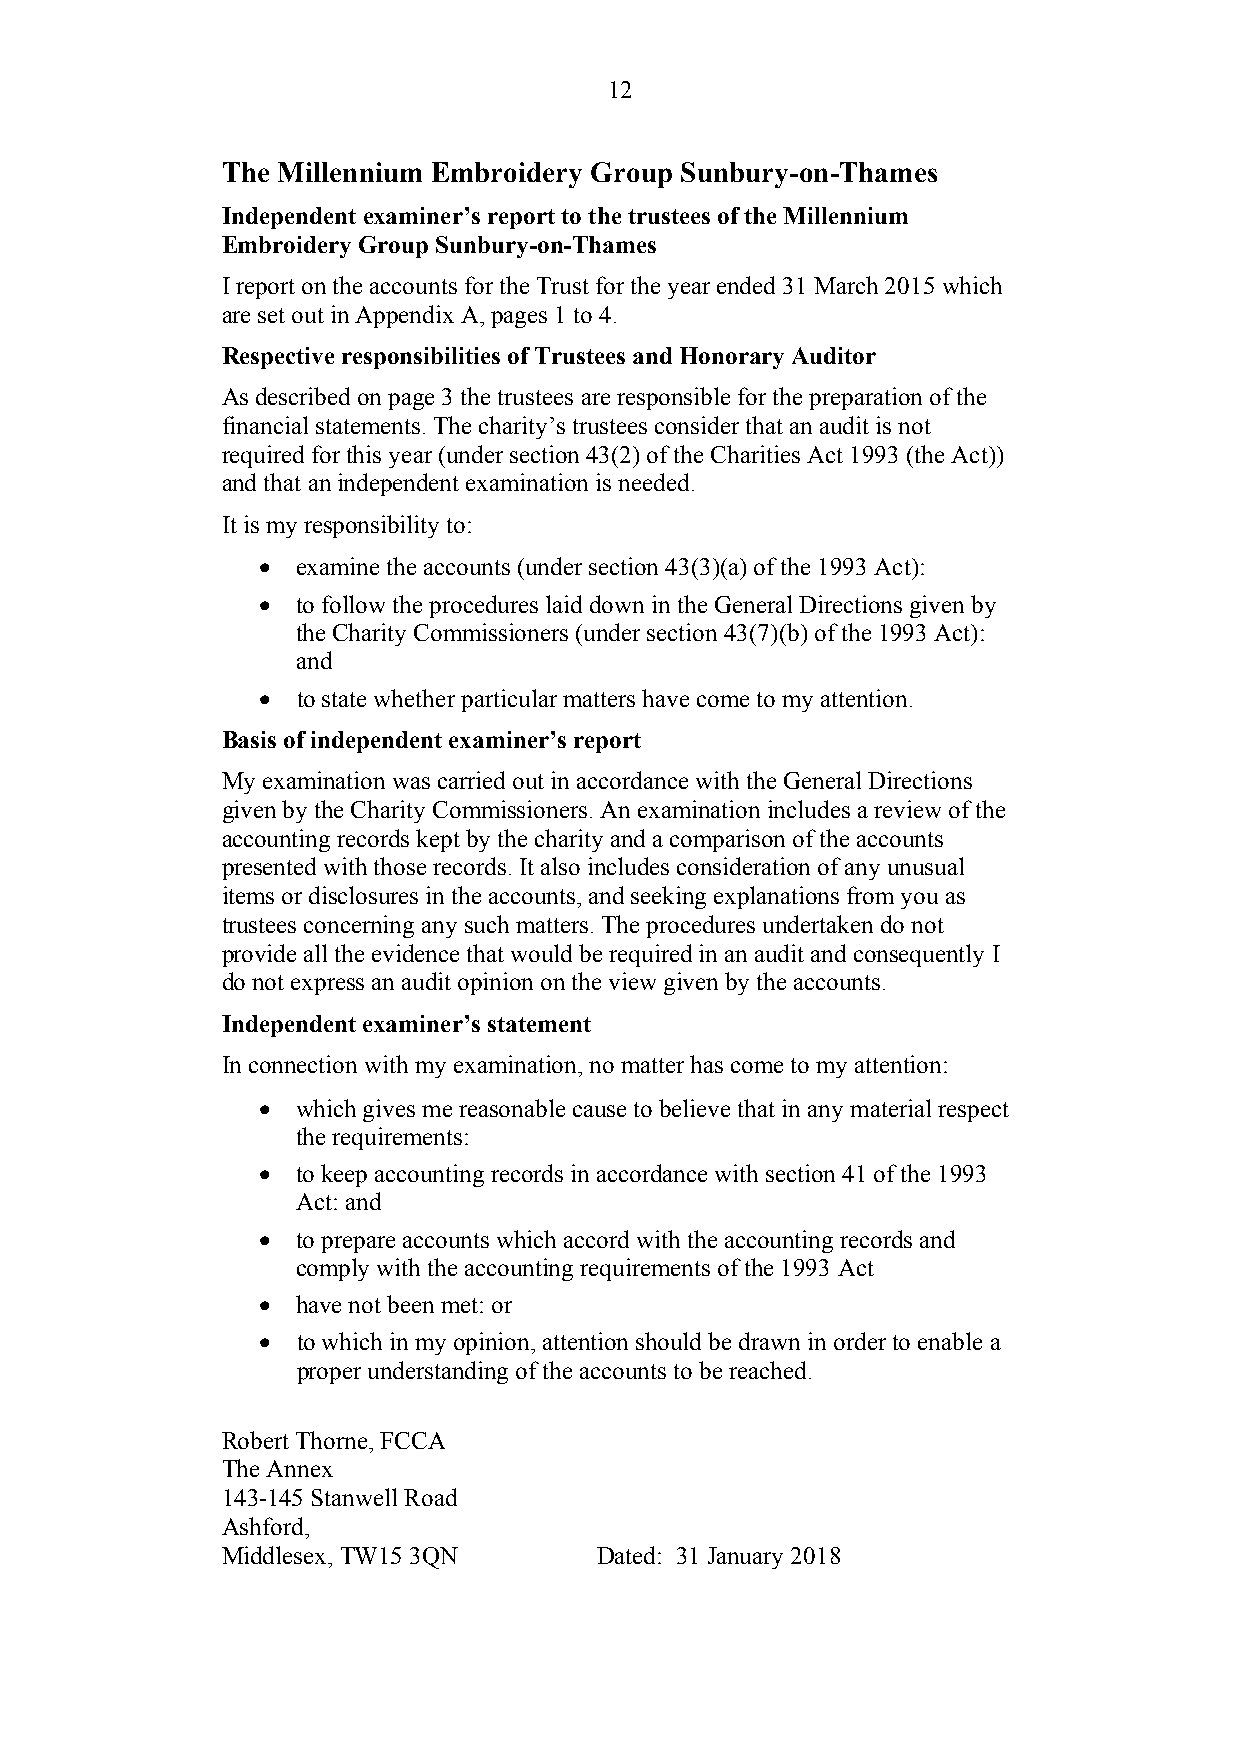
12
 The Millennium Embroidery Group Sunbury-on-Thames
 Independent examiner’s report to the trustees of the Millennium
 Embroidery Group Sunbury-on-Thames
 I report on the accounts for the Trust for the year ended 31 March 2015 which
 are set out in Appendix A, pages 1 to 4.
 Respective responsibilities of Trustees and Honorary Auditor
 As described on page 3 the trustees are responsible for the preparation of the
 financial statements. The charity’s trustees consider that an audit is not
 required for this year (under section 43(2) of the Charities Act 1993 (the Act))
 and that an independent examination is needed.
 It is my responsibility to:
 •  examine the accounts (under section 43(3)(a) of the 1993 Act):
 •  to follow the procedures laid down in the General Directions given by
 the Charity Commissioners (under section 43(7)(b) of the 1993 Act):
 and
 •  to state whether particular matters have come to my attention.
 Basis of independent examiner’s report
 My examination was carried out in accordance with the General Directions
 given by the Charity Commissioners. An examination includes a review of the
 accounting records kept by the charity and a comparison of the accounts
 presented with those records. It also includes consideration of any unusual
 items or disclosures in the accounts, and seeking explanations from you as
 trustees concerning any such matters. The procedures undertaken do not
 provide all the evidence that would be required in an audit and consequently I
 do not express an audit opinion on the view given by the accounts.
 Independent examiner’s statement
 In connection with my examination, no matter has come to my attention:
 •  which gives me reasonable cause to believe that in any material respect
 the requirements:
 •  to keep accounting records in accordance with section 41 of the 1993
 Act: and
 •  to prepare accounts which accord with the accounting records and
 comply with the accounting requirements of the 1993 Act
 •  have not been met: or
 •  to which in my opinion, attention should be drawn in order to enable a
 proper understanding of the accounts to be reached.
 Robert Thorne, FCCA
 The Annex
 143-145 Stanwell Road
 Ashford,
 Middlesex, TW15 3QN     Dated: 31 January 2018